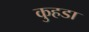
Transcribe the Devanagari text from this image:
कुहडा